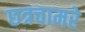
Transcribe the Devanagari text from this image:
छत्रचामरे